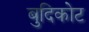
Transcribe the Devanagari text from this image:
बुदिकोट